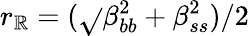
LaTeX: r_{\mathbb{R}}=(\sqrt{}{{\beta_{bb}^{2}+\beta_{ss}^{2}}})/2